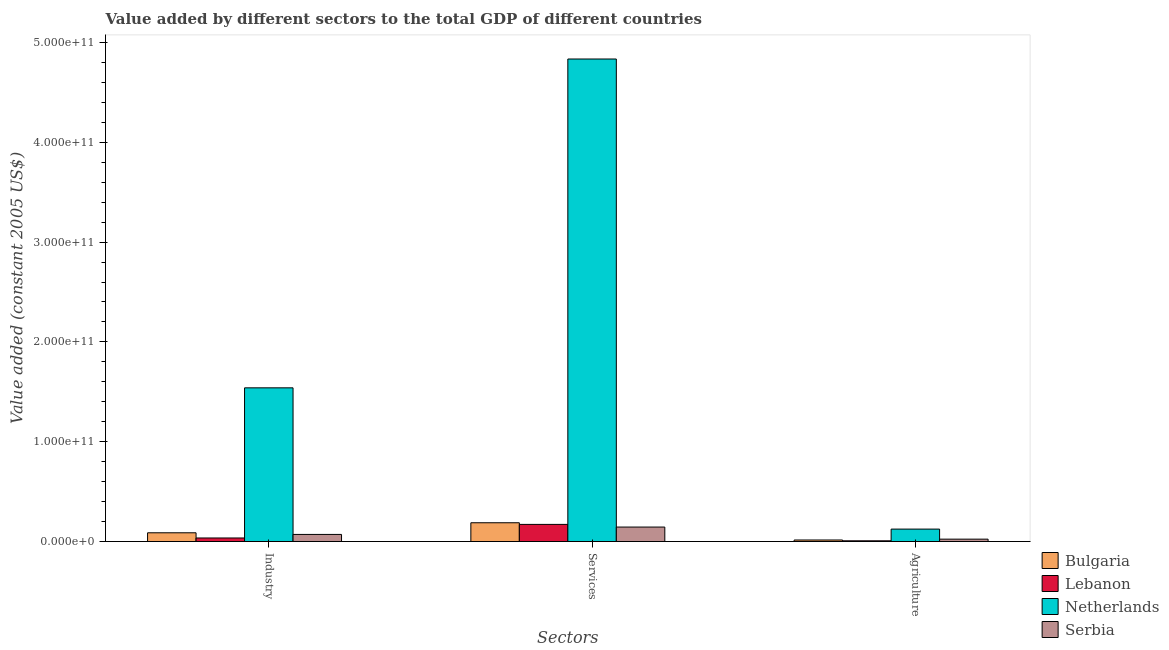
| Sectors | Bulgaria | Lebanon | Netherlands | Serbia |
 | --- | --- | --- | --- | --- |
 | Industry | 8.79e+09 | 3.59e+09 | 1.54e+11 | 7.14e+09 |
 | Services | 1.88e+10 | 1.72e+10 | 4.83e+11 | 1.45e+10 |
 | Agriculture | 1.57e+09 | 7.62e+08 | 1.25e+10 | 2.41e+09 |